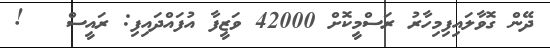
ދޭން ގޮވާލައިފިމިހާރު ރަސްމީކޮށް 42000 ވަޒީފާ އުފައްދައިފި: ރައީސް   !